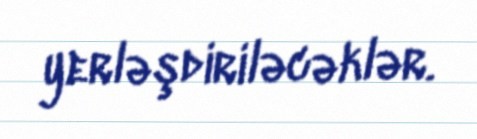
yerləşdiriləcəklər.